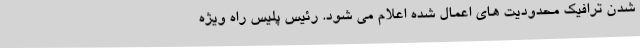
شدن ترافیک محدودیت های اعمال شده اعلام می شود. رئیس پلیس راه ویژه